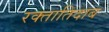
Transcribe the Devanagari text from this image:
रक्तातिदाब